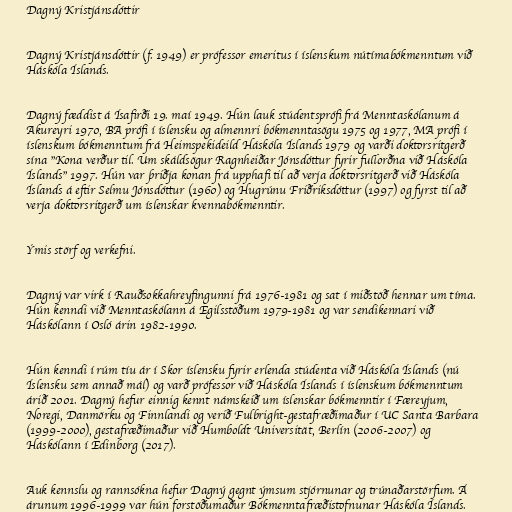
Dagný Kristjánsdóttir

Dagný Kristjánsdóttir (f. 1949) er prófessor emeritus í íslenskum nútímabókmenntum við
Háskóla Íslands.

Dagný fæddist á Ísafirði 19. maí 1949. Hún lauk stúdentsprófi frá Menntaskólanum á
Akureyri 1970, BA prófi í íslensku og almennri bókmenntasögu 1975 og 1977, MA prófi í
íslenskum bókmenntum frá Heimspekideild Háskóla Íslands 1979 og varði doktorsritgerð
sína "Kona verður til. Um skáldsögur Ragnheiðar Jónsdóttur fyrir fullorðna við Háskóla
Íslands" 1997. Hún var þriðja konan frá upphafi til að verja doktorsritgerð við Háskóla
Íslands á eftir Selmu Jónsdóttur (1960) og Hugrúnu Friðriksdóttur (1997) og fyrst til að
verja doktorsritgerð um íslenskar kvennabókmenntir.

Ýmis störf og verkefni.

Dagný var virk í Rauðsokkahreyfingunni frá 1976-1981 og sat í miðstöð hennar um tíma.
Hún kenndi við Menntaskólann á Egilsstöðum 1979-1981 og var sendikennari við
Háskólann í Osló árin 1982-1990.

Hún kenndi í rúm tíu ár í Skor íslensku fyrir erlenda stúdenta við Háskóla Íslands (nú
Íslensku sem annað mál) og varð prófessor við Háskóla Íslands í íslenskum bókmenntum
árið 2001. Dagný hefur einnig kennt námskeið um íslenskar bókmenntir í Færeyjum,
Noregi, Danmörku og Finnlandi og verið Fulbright-gestafræðimaður í UC Santa Barbara
(1999-2000), gestafræðimaður við Humboldt Universität, Berlín (2006-2007) og
Háskólann í Edinborg (2017).

Auk kennslu og rannsókna hefur Dagný gegnt ýmsum stjórnunar og trúnaðarstörfum. Á
árunum 1996-1999 var hún forstöðumaður Bókmenntafræðistofnunar Háskóla Íslands.